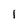
Character: 1